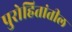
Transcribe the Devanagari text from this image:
पुरोहितांतील